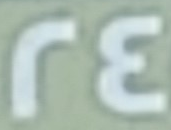
24